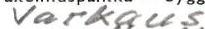
Varkaus